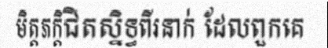
មិត្តភក្តិជិតស្និទ្ធពីរនាក់ ដែលពួកគេ